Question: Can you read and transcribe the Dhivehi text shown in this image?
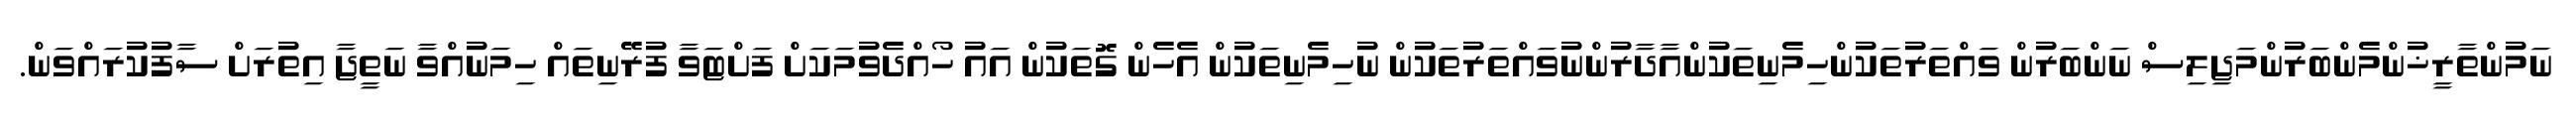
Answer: ނަމުންތާރީޚުންމެންބަރުންމަޖިލިސް ނަންބަރުން ވައްތަރުތަކުންހިމެނިތަކުންއާދާރުންނުވައްތަރުތަކުން ނުހިމެނިތަކުން އެހެން ގޮތަކުން އައު ހޯއްދެވުމަކަށް ފަށްޓަވާ ފުރޭނިތައް ހިމަނުއްވާ ނަތީޖާ އިތުރަށް ސާފުކުރައްވަން.